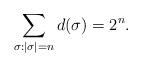
LaTeX: \begin{align*}\sum_{\sigma: |\sigma|=n} d(\sigma) = 2^n.\end{align*}